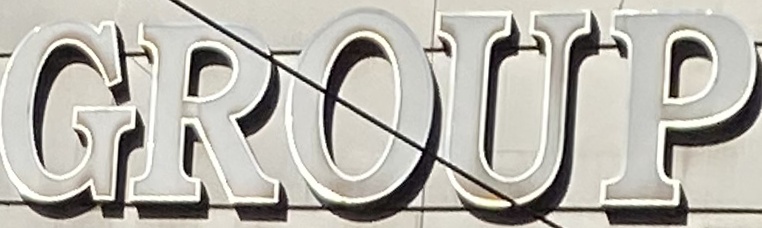
GROUP